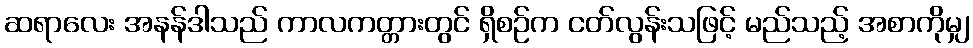
ဆရာလေး အနန်ဒါသည် ကာလကတ္တားတွင် ရှိစဉ်က ငတ်လွန်းသဖြင့် မည်သည့် အစာကိုမျှ